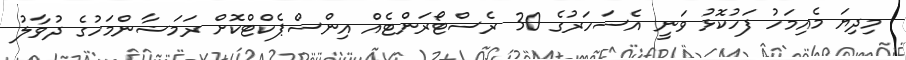
މިދިޔަ މެއިމަހު ފަހުކޮޅު ވަނީ އެސަހަރުގެ 30 ރެސްޓޯރަންޓެއް އިންސްޕެކްޓްކޮށް ރަމަޟާންމަހުގެ ދުވާލު